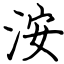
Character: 洝